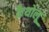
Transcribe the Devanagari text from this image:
कैथोलू